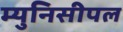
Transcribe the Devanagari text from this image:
म्युनिसीपल